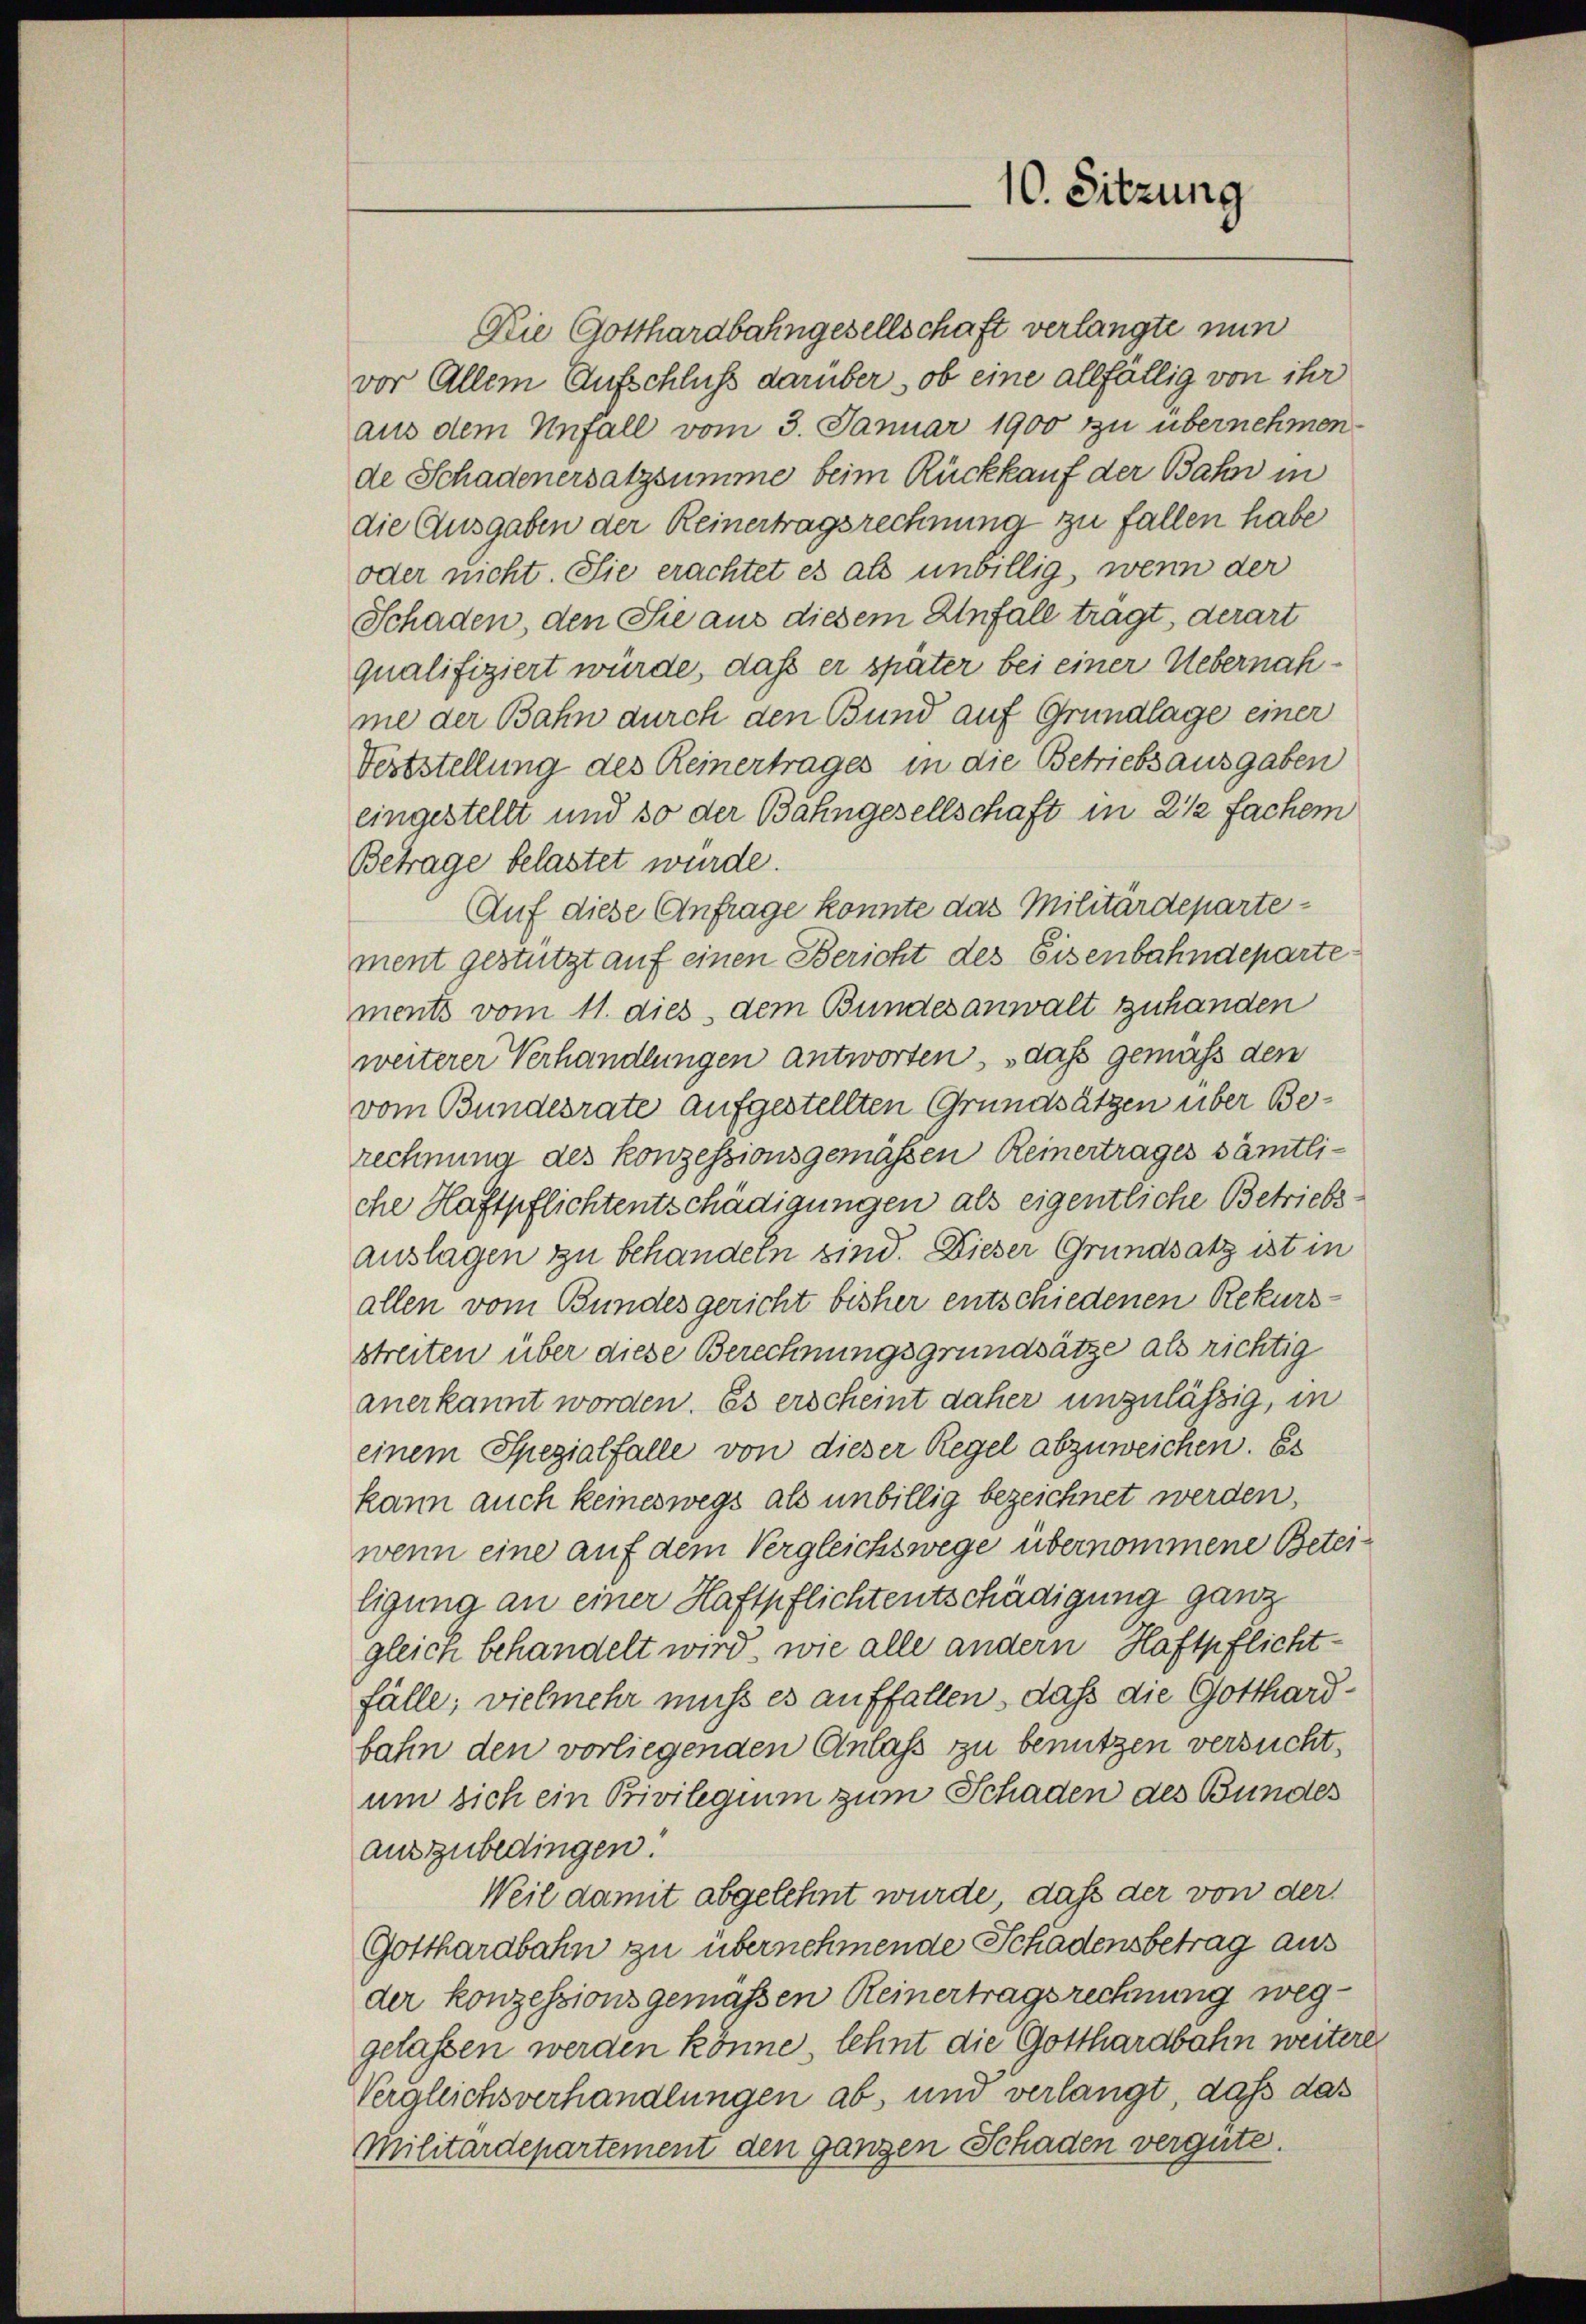
10. Sitzung

Die Gotthardbahngesellschaft verlangte nun
vor Allem Aufschluß darüber, ob eine allfällig von ihr
aus dem Unfall vom 3. Januar 1900 zu übernehmen
de Schadenersatzsumme beim Rückkauf der Bahn in
die Ausgaben der Reinertragsrechnung zu fallen habe
oder nicht. Sie erachtet es als unbillig, wenn der
Schaden, den Sie aus diesem Anfall trägt, derart
qualifiziert würde, dass er später bei einer Uebernahme der Bahn durch den Bund auf Grundlage einer
Veststellung des Reinertrages in die Betriebsausgaben
eingestellt und so der Bahngesellschaft in 2 1/2 fachem
Betrage belastet wurde.
Auf diese Anfrage konnte das Militärdepartement gestützt auf einen Bericht des Eisenbahndeparte
ments vom 11. dies, dem Bundesanwalt zuhanden
weiterer Verhandlungen antworten, dass gemäss den
vom Bundesrate aufgestellten Grundsätzen über Berechnung des konzessionsgemäßen Reinertrages sämtliche Haftpflichtentschädigungen als eigentliche Betriebsauslagen zu behandeln sind. Dieser Grundsatz ist in
allen vom Bundesgericht bisher entschiedenen Rekursstreiten über diese Berechnungsgrundsätze als richtig
anerkannt worden. Es erscheint daher unzulässig, in
einem Spezialfalle von dieser Regel abzuweichen. Es
kann auch keineswegs als unbillig bezeichnet werden,
wenn eine auf dem Vergleichswege übernommene Beteiligung an einer Haftpflichtentschädigung ganz
gleich behandelt wird, wie alle andern Haftpflichtfälle; vielmehr muss es auffallen, daß die Gotthardbahn den vorliegenden Anlass zu benutzen versucht,
um sich ein Bivilegium zum Schaden des Bundes
auszubedingen!
Weil damit abgelehnt wurde, daß der von der
Gotthardbahn zu übernehmende Schadensbetrag aus
der konzessions gemaßen Reinertragsrechnung weggelassen werden könne, lehnt die Gotthardbahn weitere
Vergleichsverhandlungen ab, und verlangt, daß das
Militärdepartement den ganzen Schaden vergüte.